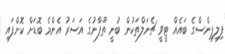
ފިލިޕިންސްގެ ބައެއް ޓީވީ ޗެނަލްތަކުން ބުނީ ތޫފާނުގެ އަސަރު އެންމެ ބޮޑަށް ކޮށްފައި